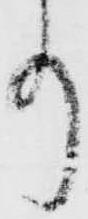
事